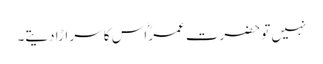
نہیں تو حضرت عمرؓ اس کا سر اڑا دیتے۔